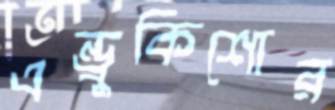
এন্ড্রুকিশোর